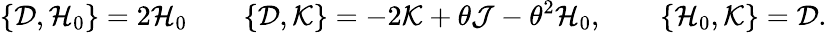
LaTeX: \{ {\cal D},{\cal H}_{0}\} =2{\cal H}_{0}\qquad\{ {\cal D},{\cal K}\} =-2{\cal K}+\theta{\cal J}-\theta^{2}{\cal H}_{0},\qquad\{ {\cal H}_{0},{\cal K}\} ={\cal D}.